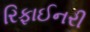
રિફાઈનરી